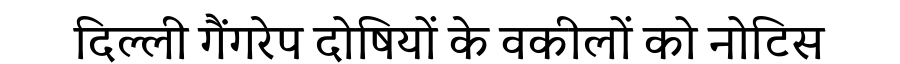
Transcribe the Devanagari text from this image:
दिल्ली गैंगरेप दोषियों के वकीलों को नोटिस